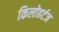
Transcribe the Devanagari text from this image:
किलोहर्टज